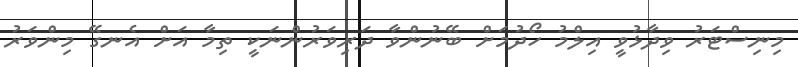
މިނިސްޓަރު ވިދާޅުވީ އިލްމު ހޯދުމަށް ބޭނުންވާ ދަރިވަރުންނަކީ ތިމާ އަށް އެނގޭ މިންވަރު